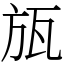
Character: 瓬